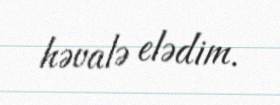
həvalə elədim.